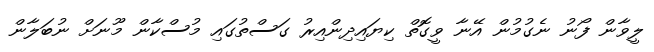
ލީވާން ފޯނު ނެގުމުން އޭނާ ވީގޮތް ކިޔައިދިންއިރު ގަސްތުގައި މުސްކާން މޫނަށް ނުބަލާން